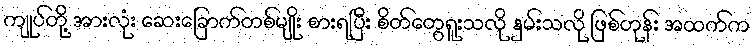
ကျုပ်တို့ အားလုံး ဆေးခြောက်တစ်မျိုး စားရပြီး စိတ်တွေရူးသလို နှမ်းသလို ဖြစ်တုန်း အထက်က